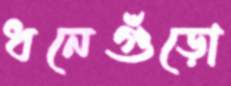
ধনেগুঁড়ো